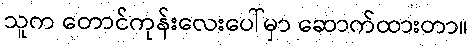
သူက တောင်ကုန်းလေးပေါ်မှာ ဆောက်ထားတာ။